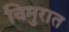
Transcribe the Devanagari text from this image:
चिमुरात